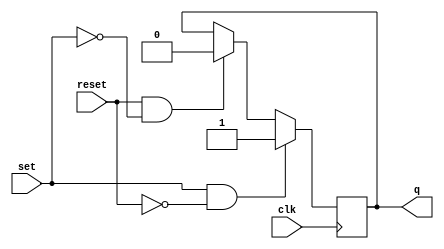
module sr_flip_flop(
    input wire clk,
    input wire set,
    input wire reset,
    output reg q
);

always @(posedge clk) begin
    if(set & !reset)
        q <= 1;
    else if(reset & !set)
        q <= 0;
end

endmodule